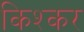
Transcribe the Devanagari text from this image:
किश्कर